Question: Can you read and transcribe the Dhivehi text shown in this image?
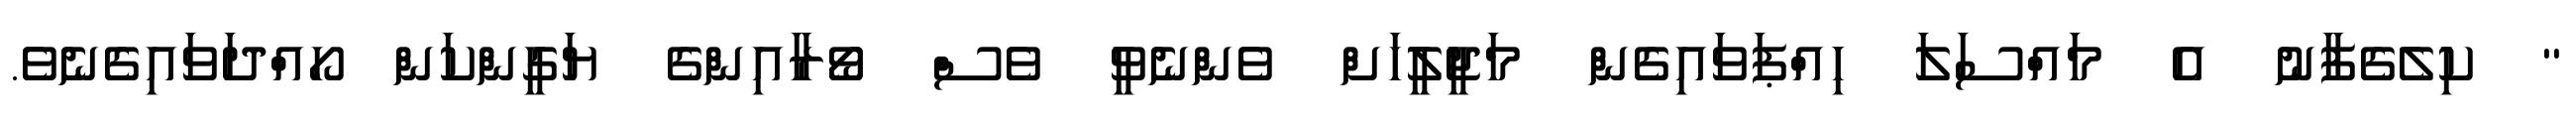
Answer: " ކިލެގެފާނު އެ މައްސަލަ ހިއްޕަވައިގެން މަޖީލީހަށް ވެންނެވީ ވެސް ވޯރާއިންގެ ޔަގީންކަން ހޯއްދަވައިގެނެވެ.